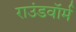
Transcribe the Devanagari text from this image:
राउंडवॉर्म